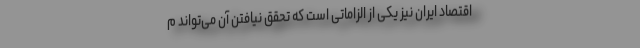
اقتصاد ایران نیز یکی از الزاماتی است که تحقق نیافتن آن می‌تواند م